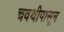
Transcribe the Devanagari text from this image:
चवथीपासून